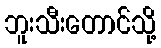
ဘူးသီးတောင်သို့